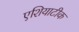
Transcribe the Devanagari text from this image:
एशियाटीक